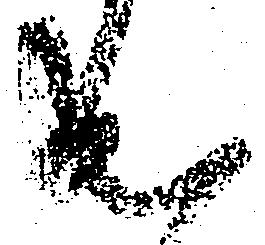
出